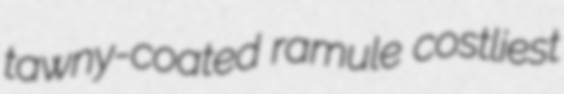
tawny-coated ramule costliest